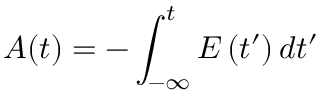
A ( t ) = - \int _ { - \infty } ^ { t } E \left( t ^ { \prime } \right) d t ^ { \prime }